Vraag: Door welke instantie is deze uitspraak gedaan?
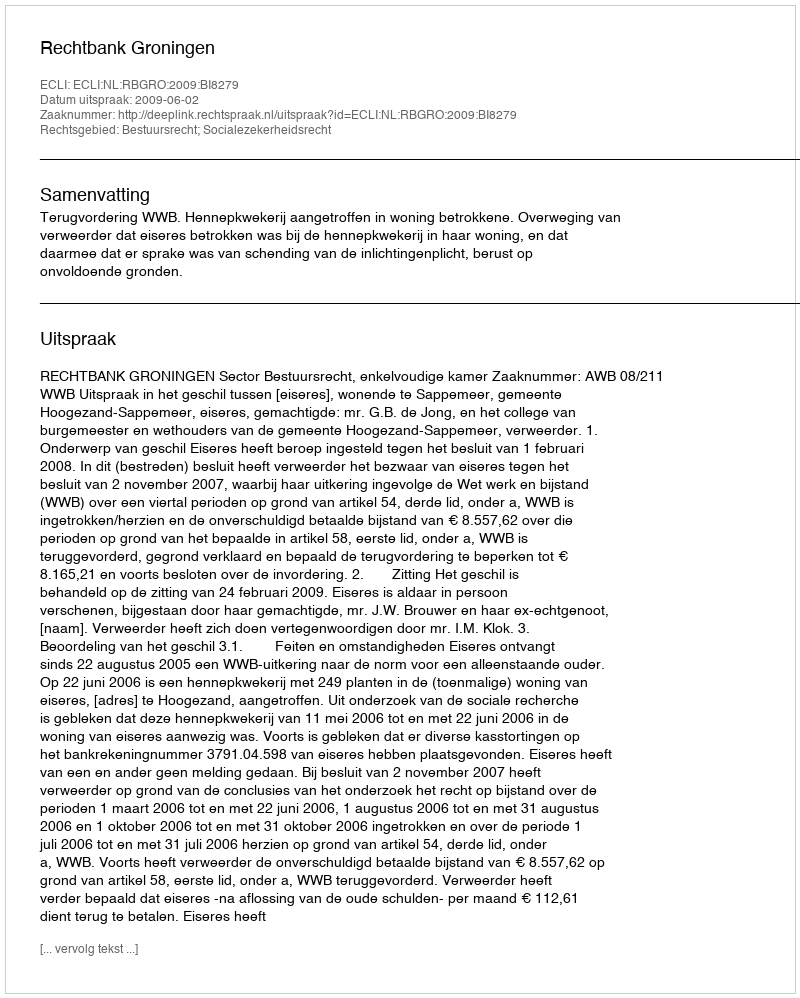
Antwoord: Rechtbank Groningen